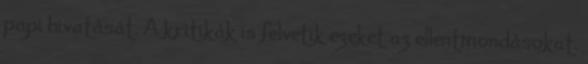
papi hivatását. A kritikák is felvetik ezeket az ellentmondásokat.